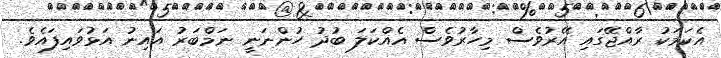
އެކަމަކު ރާއްޖޭގައި އޭރުވެސް މިހާރުވެސް އެއްކަލަ ބުދު ހުންނަނީ ނަމްބަރު އައިނު އަޅުވައިފައެވެ.